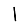
Digit: 1